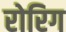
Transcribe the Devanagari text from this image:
रोरिग